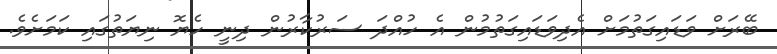
ބޭރަށް ވަޑައިގަތުމަށް އެދިވަޑައިގަތުމުން އެ ހުއްދަ ސަރުކާރުން ދިނީ ހެޔޮ ނިޔަތުގައި ކަމަށެވެ.